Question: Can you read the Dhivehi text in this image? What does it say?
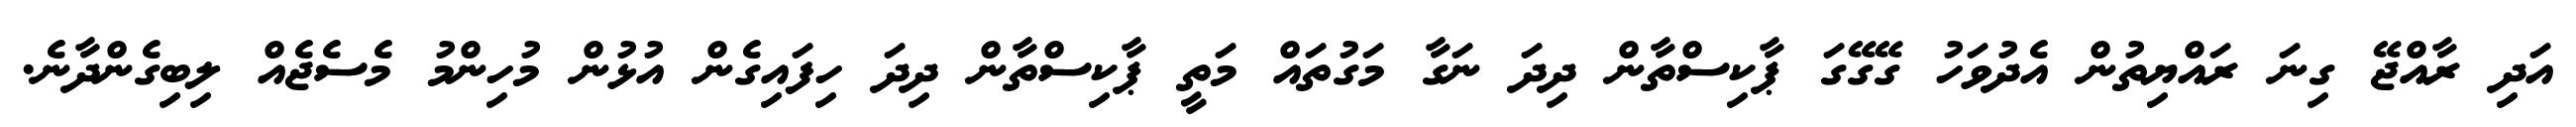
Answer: އަދި ރާއްޖޭ ގިނަ ރައްޔިތުން އެދުވަހު ގޭގޭގަ ޕާކިސްތާން ދިދަ ނަގާ މަގުތައް މަތީ ޕާކިސްތާން ދިދަ ހިފައިގެން އުޅުން މުހިންމު މެސެޖެއް ލިބިގެންދާނެ.